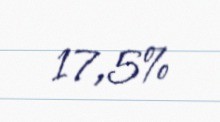
17,5%